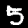
Label: 5